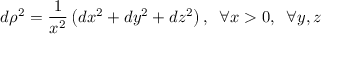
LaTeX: d \rho ^ { 2 } = { \frac { 1 } { x ^ { 2 } } } \left( d x ^ { 2 } + d y ^ { 2 } + d z ^ { 2 } \right) , \; \; \forall x > 0 , \; \; \forall y , z